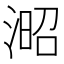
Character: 𣸬